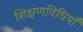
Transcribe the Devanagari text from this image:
शिक्षणविधियाँ